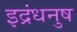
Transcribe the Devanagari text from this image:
इद्रंधनुष